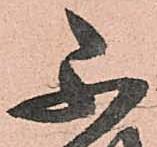
不